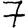
Digit: 7